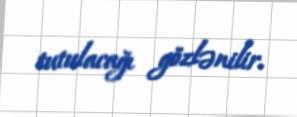
tutulacağı gözlənilir.